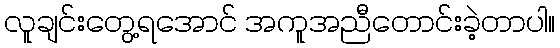
လူချင်းတွေ့ရအောင် အကူအညီတောင်းခဲ့တာပါ။